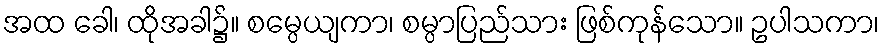
အထ ခေါ၊ ထိုအခါ၌။ စမ္ပေယျကာ၊ စမ္ပာပြည်သား ဖြစ်ကုန်သော။ ဥပါသကာ၊